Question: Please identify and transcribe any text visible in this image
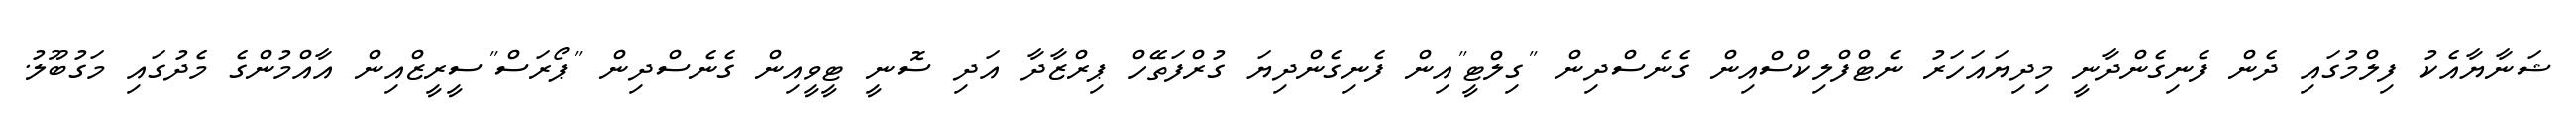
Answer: ޝަނާޔާއެކު ފިލްމުގައި ދެން ފެނިގެންދާނީ މިދިޔައަހަރު ނެޓްފްލިކްސްއިން ގެނެސްދިން "ގިލްޓީ"އިން ފެނިގެންދިޔަ ގުރްފަތޭހް ޕިރްޒާދާ އަދި ސޮނީ ޓީވީއިން ގެނެސްދިން "ޕޯރަސް"ސީރީޒްއިން އާއްމުންގެ މެދުގައި މަގުބޫލު.